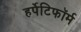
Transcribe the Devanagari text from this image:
हर्पेटिफॉर्म